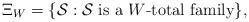
LaTeX: \begin{align*}\Xi_W=\{\mathcal S:\mathcal S\mbox { is a $W$-total family}\},\end{align*}